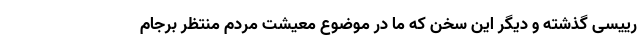
رییسی گذشته و دیگر این سخن که ما در موضوع معیشت مردم منتظر برجام